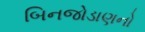
બિનજોડાણનો